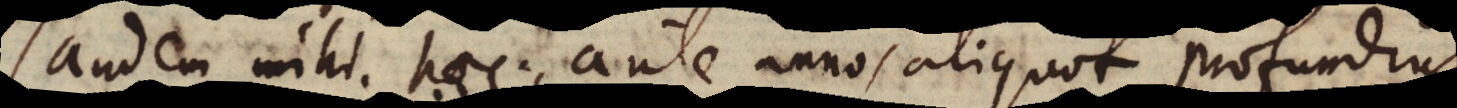
andem mihi haec ante annos aliquot profundius